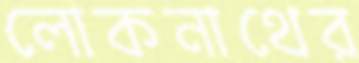
লোকনাথের